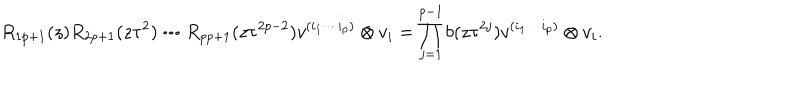
R _ { 1 p + 1 } ( z ) R _ { 2 p + 1 } ( z \tau ^ { 2 } ) \cdots R _ { p p + 1 } ( z \tau ^ { 2 p - 2 } ) v ^ { ( i _ { 1 } \cdots i _ { p } ) } \otimes v _ { i } = \prod _ { j = 1 } ^ { p - 1 } b ( z \tau ^ { 2 j } ) v ^ { ( i _ { 1 } \cdots i _ { p } ) } \otimes v _ { i } .